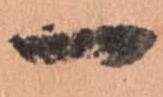
一